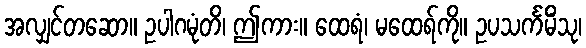
အလျှင်တဆော။ ဥပါဂမုံတိ၊ ဤကား။ ထေရံ၊ မထေရ်ကို။ ဥပသင်္ကမိံသု၊